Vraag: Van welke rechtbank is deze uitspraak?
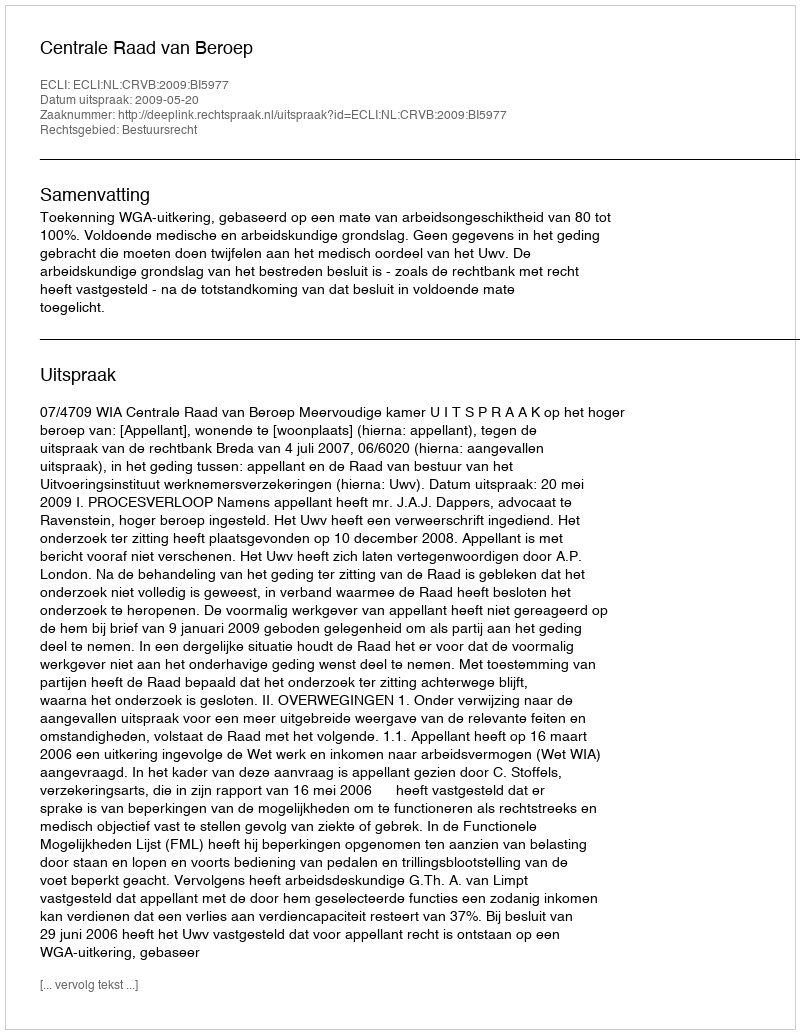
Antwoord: Centrale Raad van Beroep